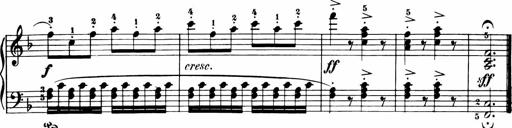
Title: 11 Sonatinas for Piano Solo
Composer: Anton Diabelli